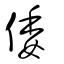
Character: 倭